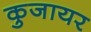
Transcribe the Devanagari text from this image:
कुजायर